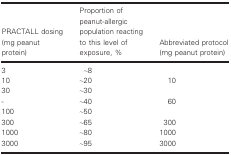
| PRACTALL dosing (mg peanut protein) | Proportion of peanut‐allergic population reacting to this level of exposure, % | Abbreviated protocol (mg peanut protein) |
 | --- | --- | --- |
 | 3 | ~8 |  |
 | 10 | ~20 | 10 |
 | 30 | ~30 |  |
 | ‐ | ~40 | 60 |
 | 100 | ~50 |  |
 | 300 | ~65 | 300 |
 | 1000 | ~80 | 1000 |
 | 3000 | ~95 | 3000 |